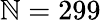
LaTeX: \mathbb{N}=299